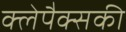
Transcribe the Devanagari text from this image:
क्लेपैक्सकी